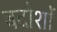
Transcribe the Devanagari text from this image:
बदोशों